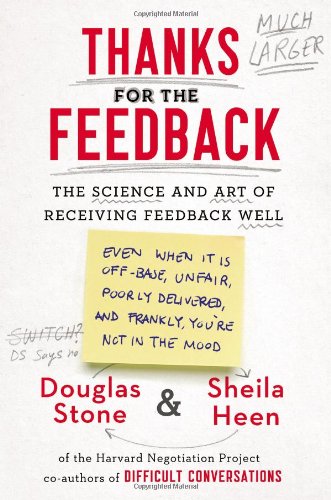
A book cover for Thanks for the Feedback: The Science and Art of Receiving Feedback Well; Douglas Stone; Health, Fitness & Dieting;